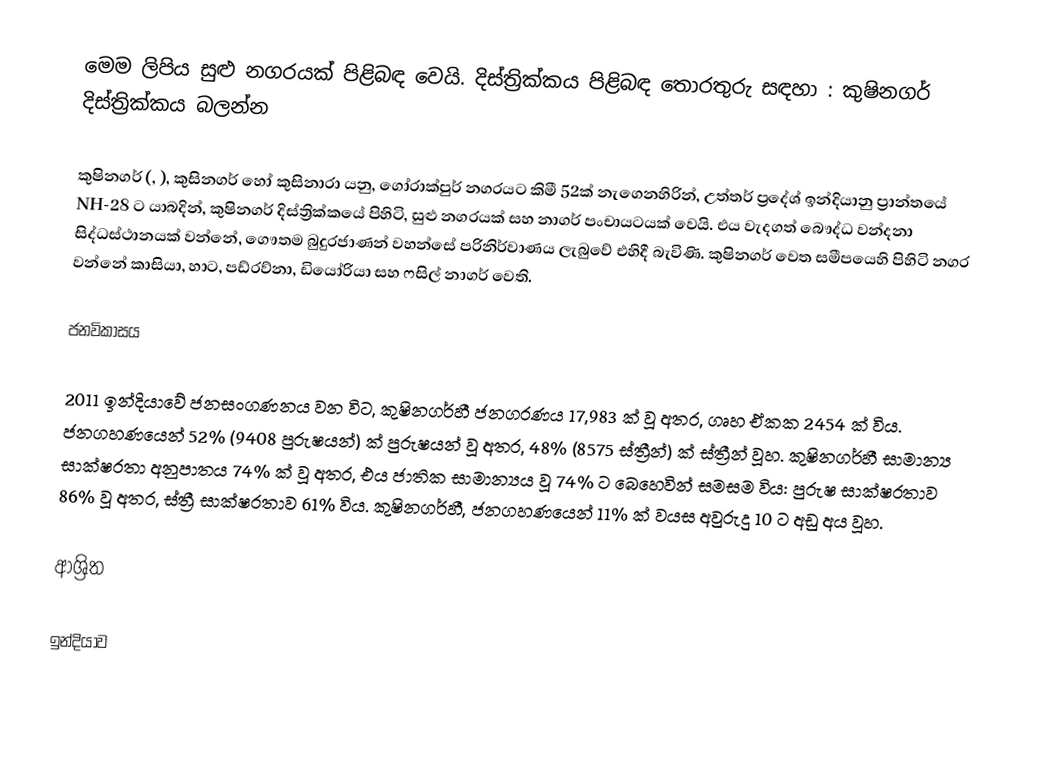
මෙම ලිපිය සුළු නගරයක් පිළිබඳ වෙයි. දිස්ත්‍රික්කය පිළිබඳ තොරතුරු සඳහා : කුෂිනගර් දිස්ත්‍රික්කය බලන්න

කුෂිනගර් (, ), කුසිනගර් හෝ  කුසිනාරා  යනු,  ගෝරාක්පුර් නගරයට කිමී 52ක් නැගෙනහිරින්, උත්තර් ප්‍රදේශ් ඉන්දියානු  ප්‍රාන්තයේ NH-28 ට යාබදින්, කුෂිනගර් දිස්ත්‍රික්කයේ  පිහිටි, සුළු නගරයක් සහ නාගර් පංචායටයක්  වෙයි. එය වැදගත් බෞද්ධ වන්දනා සිද්ධස්ථානයක් වන්නේ, ගෞතම බුදුරජාණන් වහන්සේ පරිනිර්වාණය ලැබුවේ එහිදී බැවිණි.  කුෂිනගර් වෙත සමීපයෙහි පිහිටි නගර වන්නේ  කාසියා, හාට, පඩ්රව්නා, ඩියෝරියා සහ  ෆසිල් නාගර් වෙති.

ජනවිකාසය

2011 ඉන්දියාවේ ජනසංගණනය වන විට, කුෂිනගර්හී ජනගරණය  17,983 ක් වූ අතර, ගෘහ ඒකක 2454 ක් විය. ජනගහණයෙන් 52% (9408 පුරුෂයන්) ක් පුරුෂයන් වූ අතර, 48% (8575 ස්ත්‍රීන්) ක් ස්ත්‍රීන් වූහ. කුෂිනගර්හී සාමාන්‍ය සාක්ෂරතා අනුපාතය 74% ක් වූ අතර, එය ජාතික සාමාන්‍යය වූ 74% ට බෙහෙවින් සමසම විය: පුරුෂ සාක්ෂරතාව 86% වූ අතර, ස්ත්‍රී සාක්ෂරතාව 61% විය. කුෂිනගර්හී,  ජනගහණයෙන් 11% ක් වයස අවුරුදු  10 ට අඩු අය වූහ.

ආශ්‍රිත

ඉන්දියාව